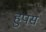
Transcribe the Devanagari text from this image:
हुपस